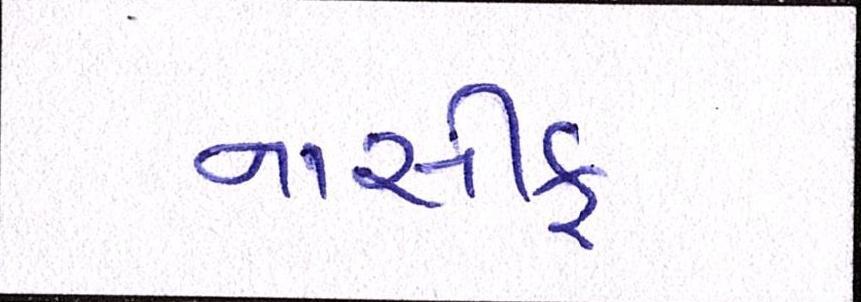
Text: નાસીક